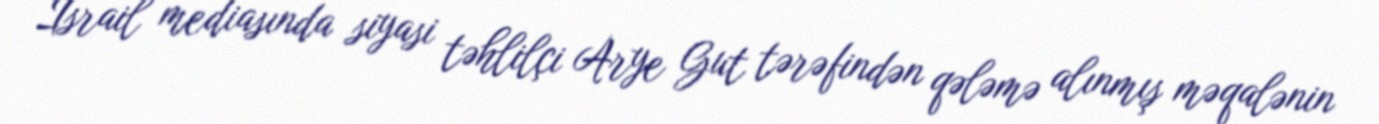
İsrail mediasında siyasi təhlilçi Arye Gut tərəfindən qələmə alınmış məqalənin